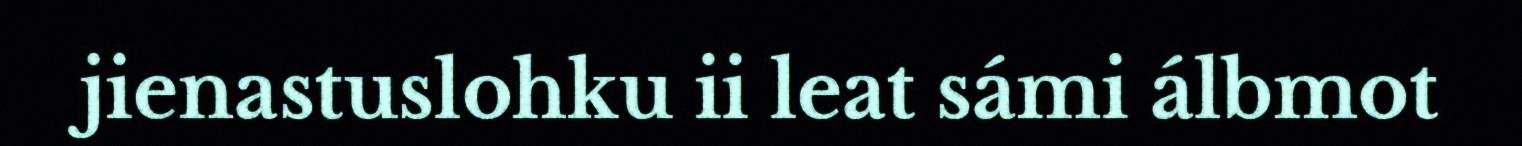
jienastuslohku ii leat sámi álbmot